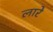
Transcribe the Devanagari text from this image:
लारे